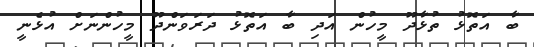
ބާ އަތޮޅު ތުޅާދޫ މީހުން އަދި ބާ އަތޮޅު ދަރަވަންދޫ މީހުންނަށް އުޅެނީ